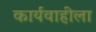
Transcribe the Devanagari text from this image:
कार्यवाहीला